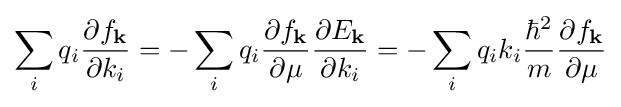
\sum _{i}{q_{i}{\frac {\partial f_{\mathbf {k} }}{\partial k_{i}}}}=-\sum _{i}{q_{i}{\frac {\partial f_{\mathbf {k} }}{\partial \mu }}{\frac {\partial E_{\mathbf {k} }}{\partial k_{i}}}}=-\sum _{i}{q_{i}k_{i}{\frac {\hbar ^{2}}{m}}{\frac {\partial f_{\mathbf {k} }}{\partial \mu }}}